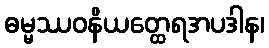
ဓမ္မဿဝနိယတ္ထေရအပဒါန၊